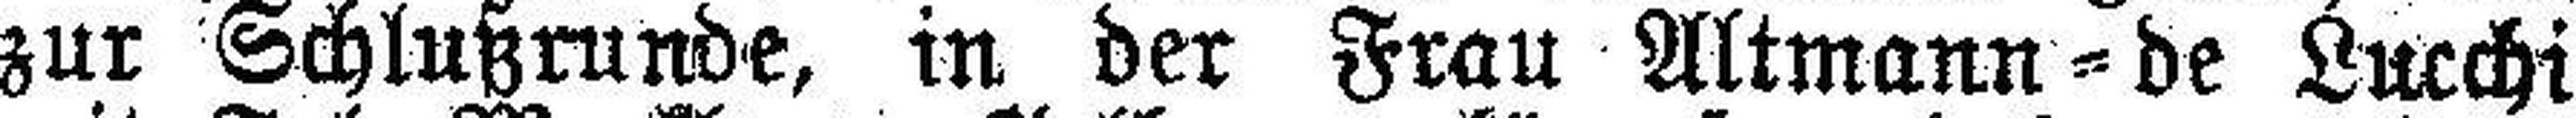
zur Schlußrunde, in der Frau Altmann=de Lucchi